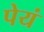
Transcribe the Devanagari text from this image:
पेयं